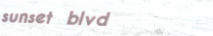
sunset blvd